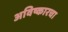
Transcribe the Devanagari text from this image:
अविष्कारचा